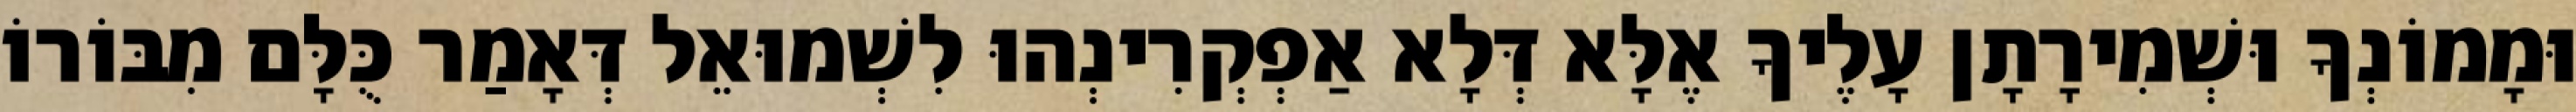
וּמָמוֹנְךָ וּשְׁמִירָתָן עָלֶיךָ אֶלָּא דְּלָא אַפְקְרִינְהוּ לִשְׁמוּאֵל דְּאָמַר כֻּלָּם מִבּוֹרוֹ